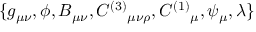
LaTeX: \{ g _ { \mu \nu } , \phi , B _ { \mu \nu } , C ^ { ( 3 ) } { } _ { \mu \nu \rho } , C ^ { ( 1 ) } { } _ { \mu } , \psi _ { \mu } , \lambda \}